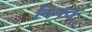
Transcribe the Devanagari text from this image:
निषत्